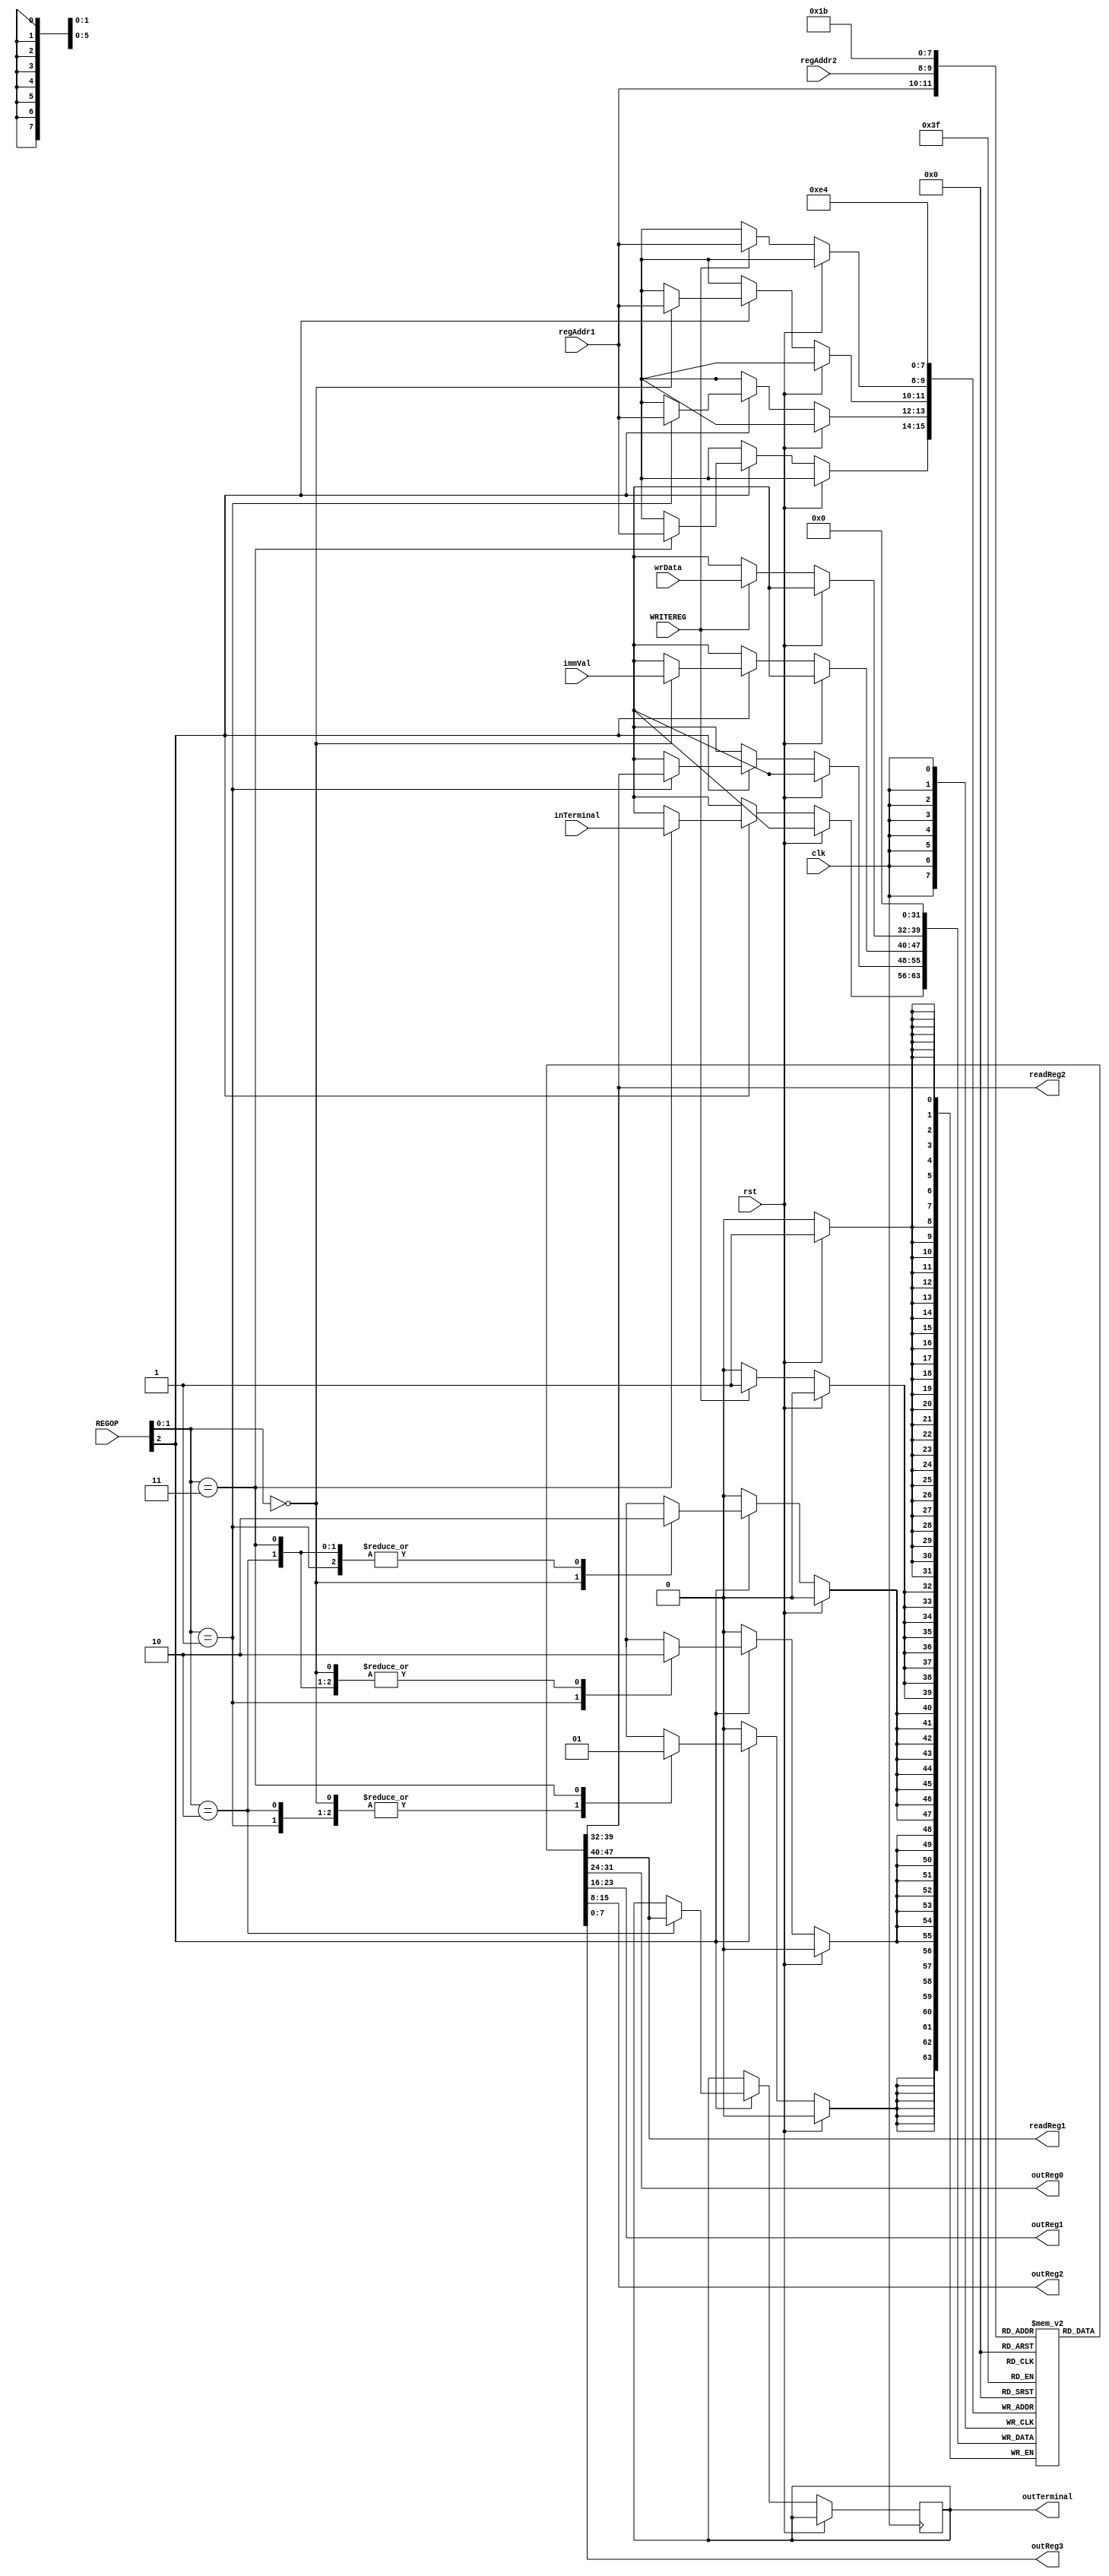
module registerMem(rst,clk,regAddr1,regAddr2,immVal,WRITEREG,REGOP,wrData,readReg1,readReg2,
						 outReg0, outReg1, outReg2, outReg3,inTerminal,outTerminal);

input [1:0] regAddr1;
input [1:0] regAddr2;
input [7:0] immVal;
input WRITEREG;
input [2:0] REGOP;
input [7:0] wrData;
input rst;
input clk;

output [7:0] readReg1;
output [7:0] readReg2;

output [7:0] outReg0;
output [7:0] outReg1;
output [7:0] outReg2;
output [7:0] outReg3;

input [7:0] inTerminal;
output reg [7:0] outTerminal;

reg [7:0] regUse[3:0];

assign readReg1 = regUse[regAddr1];
assign readReg2 = regUse[regAddr2];

assign outReg0 = regUse[0];
assign outReg1 = regUse[1];
assign outReg2 = regUse[2];
assign outReg3 = regUse[3];

always @(posedge clk) begin

	if(rst) begin
		regUse[0] <= 0;
		regUse[1] <= 0;
		regUse[2] <= 0;
		regUse[3] <= 0;
	end
	
	else begin
		
		if(WRITEREG==1) begin
			regUse[regAddr1] <= wrData;
		end
		
		if(REGOP[2] == 1) begin
			case(REGOP[1:0]) 
				2'b00://LOADIMM
						 regUse[regAddr1] <= immVal;
						
				2'b01://MOV
						 regUse[regAddr1] <= regUse[regAddr2];
						
				2'b10://OUT
						 outTerminal <= regUse[regAddr1];
						
				2'b11://IN
						 regUse[regAddr1] <= inTerminal;
			endcase
		end
	end
end

endmodule